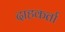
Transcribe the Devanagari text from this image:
दाहकर्ता